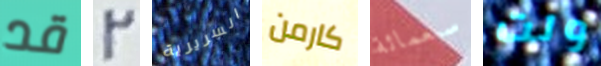
قد 2 السريرية كارمن سبعمائة ولت